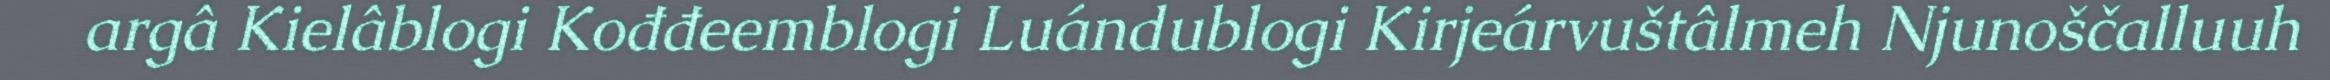
argâ Kielâblogi Kođđeemblogi Luándublogi Kirjeárvuštâlmeh Njunoščalluuh